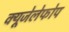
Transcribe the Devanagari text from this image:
क्‍यूजेलेफोप